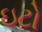
ઇટો